Civil Veterinary Department Bihar & Orissa reports 1911-21 - 1911-1921
Year: 1911
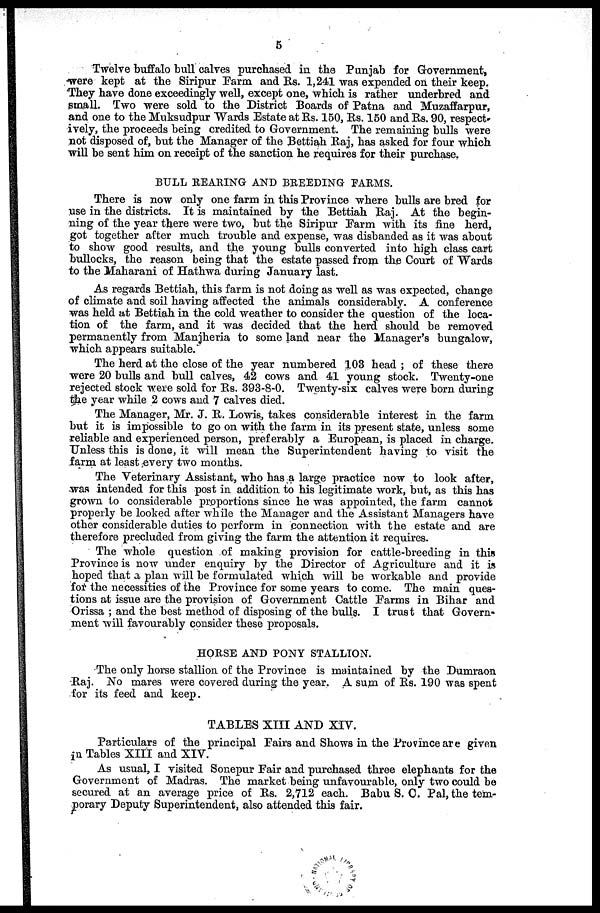
5
Twelve buffalo bull calves purchased in the Punjab for Government,
were kept at the Siripur Farm and Rs. 1,241 was expended on their keep.
They have done exceedingly well, except one, which is rather underbred and
small. Two were sold to the District Boards of Patna and Muzaffarpur,
and one to the Muksudpur Wards Estate at Rs. 150, Rs. 150 and Rs. 90, respect-
ively, the proceeds being credited to Government. The remaining bulls were
not disposed of, but the Manager of the Bettiah Raj, has asked for four which
will be sent him on receipt of the sanction he requires for their purchase.
BULL REARING AND BREEDING FARMS.
There is now only one farm in this Province where bulls are bred for
use in the districts. It is maintained by the Bettiah Raj. At the begin-
ning of the year there were two, but the Siripur Farm with its fine herd,
got together after much trouble and expense, was disbanded as it was about
to show good results, and the young bulls converted into high class cart
bullocks, the reason being that the estate passed from the Court of Wards
to the Maharani of Hathwa during January last.
As regards Bettiah, this farm is not doing as well as was expected, change
of climate and soil having affected the animals considerably. A conference
was held at Bettiah in the cold weather to consider the question of the loca-
tion of the farm, and it was decided that the herd should be removed
permanently from Manjheria to some land near the Manager's bungalow,
which appears suitable.
The herd at the close of the year numbered 103 head ; of these there
were 20 bulls and bull calves, 42 cows and 41 young stock. Twenty-one
rejected stock were sold for Rs. 393-8-0. Twenty-six calves were born during
the year while 2 cows and 7 calves died.
The Manager, Mr. J. R. Lowis, takes considerable interest in the farm
but it is impossible to go on with the farm in its present state, unless some
reliable and experienced person, preferably a European, is placed in charge.
Unless this is done, it will mean the Superintendent having to visit the
farm at least every two months.
The Veterinary Assistant, who has a large practice now to look after,
was intended for this post in addition to his legitimate work, but, as this has
grown to considerable proportions since he was appointed, the farm cannot
properly be looked after while the Manager and the Assistant Managers have
other considerable duties to perform in connection with the estate and are
therefore precluded from giving the farm the attention it requires.
The whole question of making provision for cattle-breeding in this
Province is now under enquiry by the Director of Agriculture and it is
hoped that a plan will be formulated which will be workable and provide
for the necessities of the Province for some years to come. The main ques-
tions at issue are the provision of Government Cattle Farms in Bihar and
Orissa ; and the best method of disposing of the bulls. I trust that Govern-
ment will favourably consider these Proposals.
HORSE AND PONY STALLION.
The only horse stallion of the Province is maintained by the Dumraon
Raj. No mares were covered during the year. A sum of Rs. 190 was spent
for its feed and keep.
TABLES XIII AND XIV.
Particulars of the principal Pairs and Shows in the Province are given
in Tables XIII and XIV.
As usual, I visited Sonepur Fair and purchased three elephants for the
Government of Madras. The market being unfavourable, only two could be
secured at an average price of Rs. 2,712 each. Babu S. C. Pal, the tem-
porary Deputy Superintendent, also attended this fair.